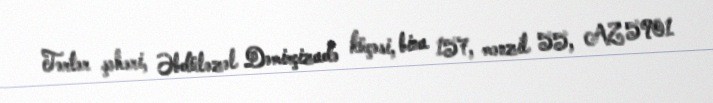
Tərtər şəhəri, Əbdüləzəl Dəmirçizadə küçəsi, bina 157, mənzil 55, AZ 5901